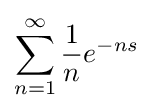
\sum _{n=1}^{\infty }{\frac {1}{n}}e^{-ns}